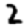
Digit: 2